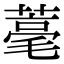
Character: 𦹾